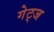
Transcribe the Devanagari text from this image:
गेट्ज